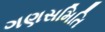
ગણસમિતિ